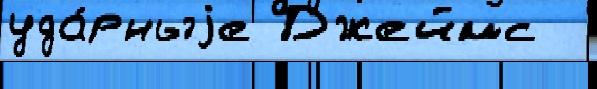
уда́рныjе Джеймс